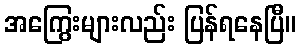
အကြွေးများလည်း ပြန်ရနေပြီ။